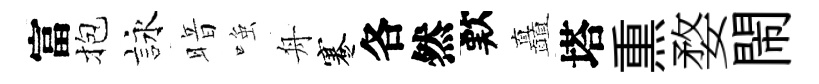
富抱詠暗𫪻舟蹇各然歎矗塔𤋱婺閙